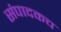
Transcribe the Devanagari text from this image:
संपादकच